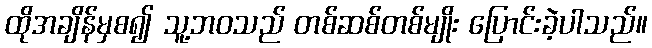
ထိုအချိန်မှစ၍ သူ့ဘဝသည် တစ်ဆစ်တစ်မျိုး ပြောင်းခဲ့ပါသည်။